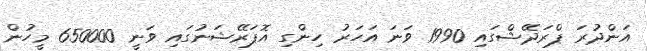
އަންދުރަ ޕްރަދޭޝްގައި 1990 ވަނަ އަހަރު ހިންގި އޮޕަރޭޝަނުގައި ވަނީ 650000 މީހުން